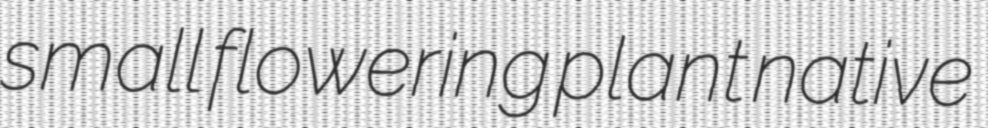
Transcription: small flowering plant native